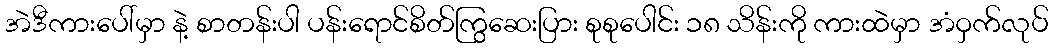
အဲဒီကားပေါ်မှာ နဲ့ စာတန်းပါ ပန်းရောင်စိတ်ကြွဆေးပြား စုစုပေါင်း ၁၈ သိန်းကို ကားထဲမှာ အံဝှက်လုပ်